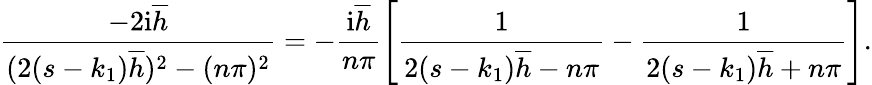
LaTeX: \frac{-2\mathrm{i}\overline{{h}}}{(2(s-k_{1})\overline{{h}})^{2}-(n\pi)^{2}}=-\frac{\mathrm{i}\overline{{h}}}{n\pi}\left[\frac{1}{2(s-k_{1})\overline{{h}}-n\pi}-\frac{1}{2(s-k_{1})\overline{{h}}+n\pi}\right].